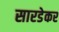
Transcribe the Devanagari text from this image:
सारडेकर